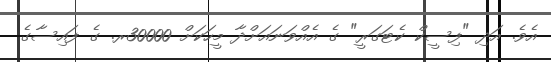
އެވެ. އަދި "ފިސީކް ކެޓަގަރީ" ގެ އެއްވަނައަށްދާ މީހަކަށް 30000ރ. ގެ ފައިސާގެ